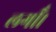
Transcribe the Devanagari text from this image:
लगीँ।